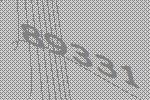
89331